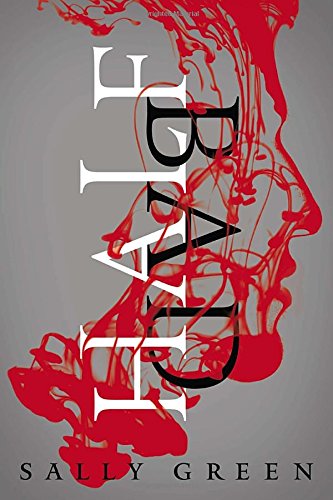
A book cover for Half Bad (The Half Bad Trilogy); Sally Green; Teen & Young Adult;